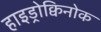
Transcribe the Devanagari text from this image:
हाइड्रोक्विनोक